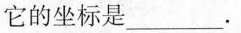
它的坐标是___.